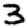
Digit: 3